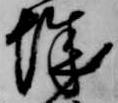
城